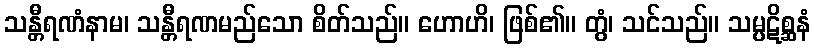
သန္တီရဏံနာမ၊ သန္တီရဏမည်သော စိတ်သည်။ ဟောဟိ၊ ဖြစ်၏။ တွံ၊ သင်သည်။ သမ္ပဋိစ္ဆနံ